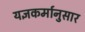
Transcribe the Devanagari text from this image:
यज्ञकर्मानुसार